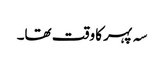
سہ پہر کا وقت تھا۔